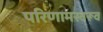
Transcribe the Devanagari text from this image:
परिणामस्वरूव